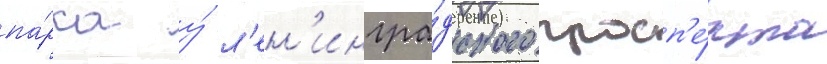
па́рка у́ л'ен'ингра́дского просп'е́кта